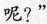
呢?”